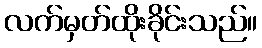
လက်မှတ်ထိုးခိုင်းသည်။